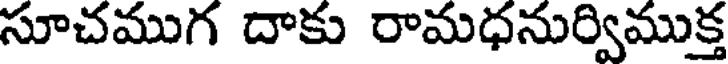
సూచముగ దాకు రామధనుర్విముక్త